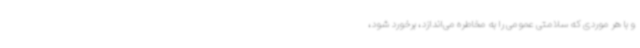
و با هر موردی که سلامتی عمومی را به مخاطره می‌اندازد، برخورد شود،